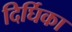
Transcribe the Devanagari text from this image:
दिर्घिका